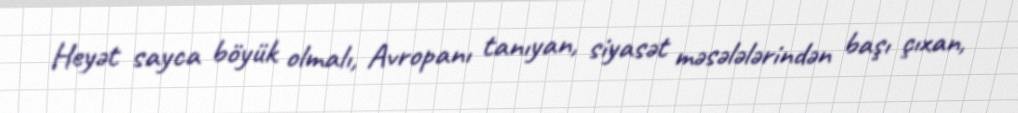
Heyət sayca böyük olmalı, Avropanı tanıyan, siyasət məsələlərindən başı çıxan,